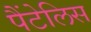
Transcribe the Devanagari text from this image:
पैंटेलिस